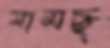
সামছ্